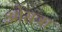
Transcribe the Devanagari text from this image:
ओसत्रा